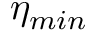
\eta _ { m i n }